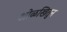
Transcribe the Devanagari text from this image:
ओळखितुन